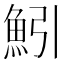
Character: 𫙒